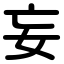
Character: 妄